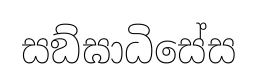
සඞ්ඝාධිසේස